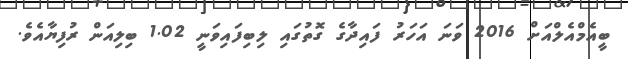
ބީއެމްއެލްއަށް 2016 ވަނަ އަހަރު ފައިދާގެ ގޮތުގައި ލިބިފައިވަނީ 1.02 ބިލިއަން ރުފިޔާއެވެ.